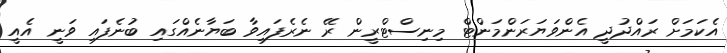
އެކަމަށް ރައްދުދީ އެންވަޔަރަންމަންޓް މިނިސްޓްރީން ރޭ ނެރެފައިވާ ބަޔާނެއްގައި ބުނެފައި ވަނީ އެއީ